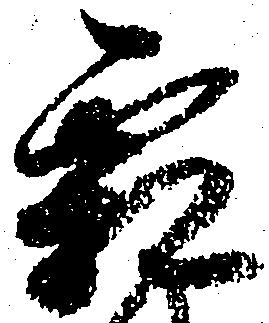
霜